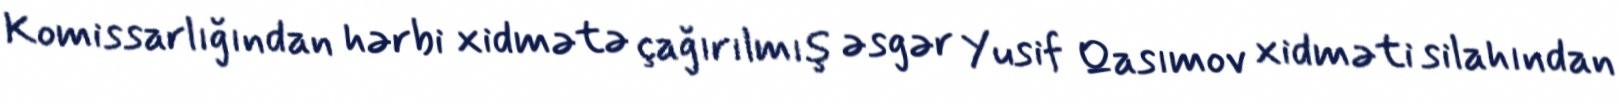
Komissarlığından hərbi xidmətə çağırılmış əsgər Yusif Qasımov xidməti silahından